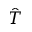
\hat { T }